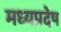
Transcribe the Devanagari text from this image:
मध्यप्रदेष